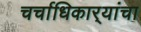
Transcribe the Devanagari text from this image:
चर्चाधिकार्‍यांचा